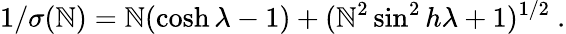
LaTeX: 1/\sigma(\mathbb{N})=\mathbb{N}(\cosh\lambda-1)+(\mathbb{N}^{2}\sin^{2}h\lambda+1)^{1/2}\ .